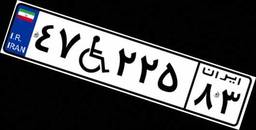
۶۲W۱۱۰۲۱